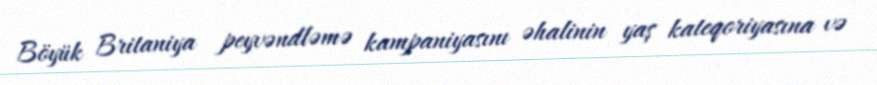
Böyük Britaniya peyvəndləmə kampaniyasını əhalinin yaş kateqoriyasına və